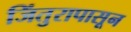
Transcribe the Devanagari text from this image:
जिंतुरापासून